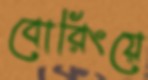
বোরিংয়ে